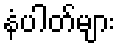
နံပါတ်များ